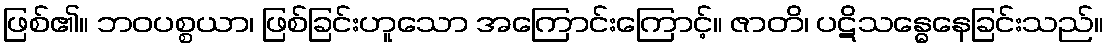
ဖြစ်၏။ ဘဝပစ္စယာ၊ ဖြစ်ခြင်းဟူသော အကြောင်းကြောင့်။ ဇာတိ၊ ပဋိသန္ဓေနေခြင်းသည်။